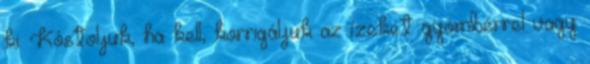
ki. Kóstoljuk, ha kell, korrigáljuk az ízeket gyömbérrel vagy